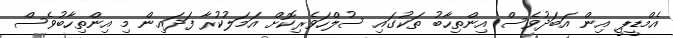
އެމްޑީޕީ އިން އަބަދުވެސް އިންތިހާބު ތަކުގައި ސުލްހަވެރިކޮށް އަމަލުކުރާ ފަދައިން މި އިންތިހާބުވެސް